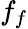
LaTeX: f_{f}